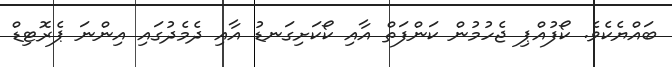
ބައްޔެކެވެ. ކޯފުއްޕި ޖެހުމުން ކަންފަތް އާއި ކޯކަށިގަނޑު އާއި ދެމެދުގައި އިންނަ ޕެރޮޓިޑް